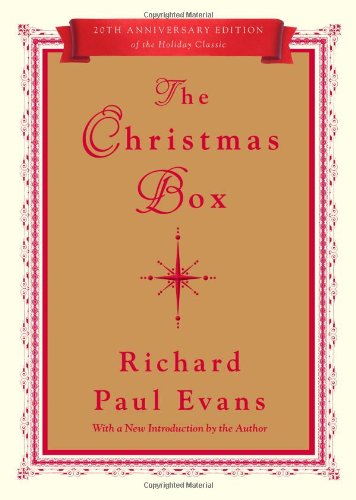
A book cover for The Christmas Box: 20th Anniversary Edition; Richard Paul Evans; Literature & Fiction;